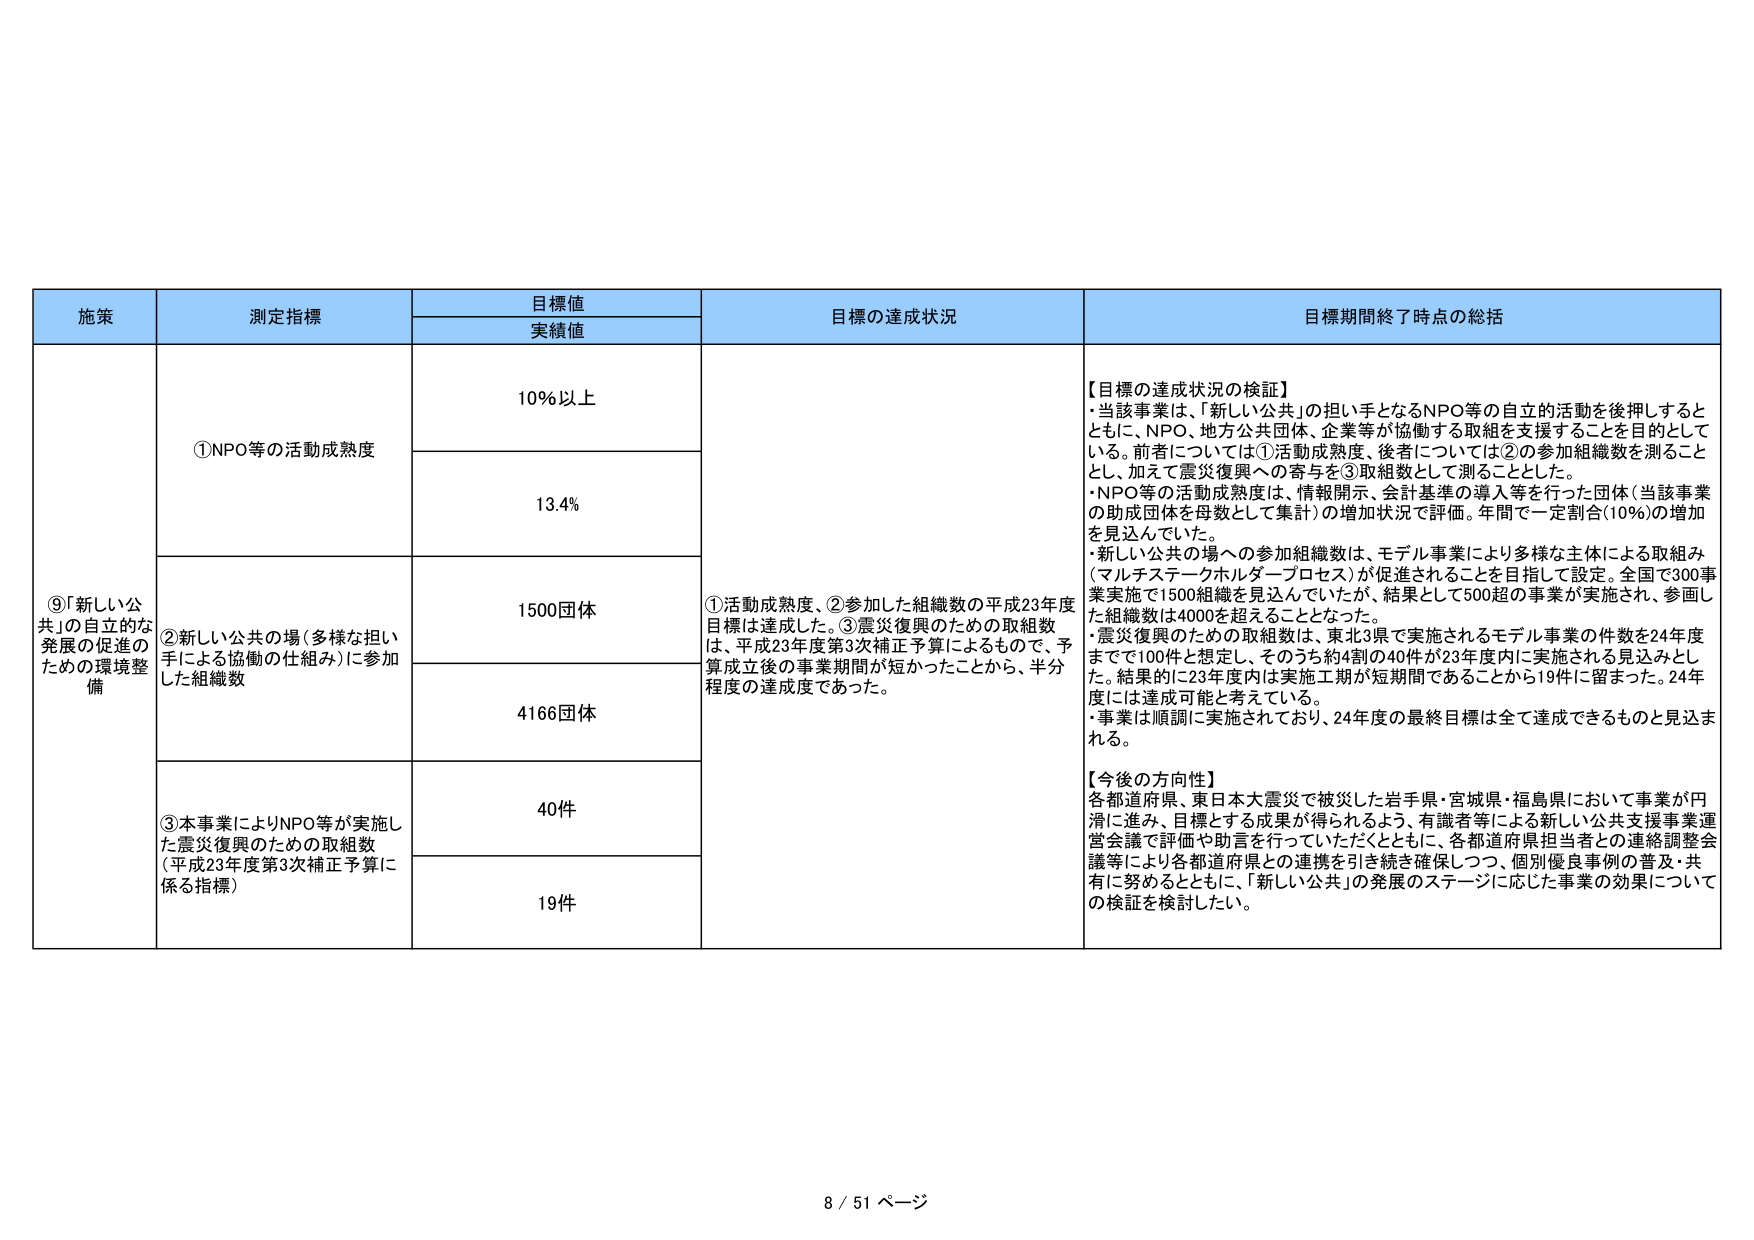
施策
測定指標
目標値
実績値
目標の達成状況
目標期間終了時点の総括
⑨「新しい公共」の自立的な発展の促進のための環境整備
①NPO等の活動成熟度
10%以上
13.4%
②新しい公共の場（多様な担い手による協働の仕組み）に参加した組織数
1500団体
4166団体
③本事業によりNPO等が実施した震災復興のための取組数（平成23年度第3次補正予算に係る指標）
40件
19件
①活動成熟度、②参加した組織数の平成23年度目標は達成した。③震災復興のための取組数は、平成23年度第3次補正予算によるもので、予算成立後の事業期間が短かったことから、半分程度の達成度であった。
【目標の達成状況の検証】
・当該事業は、「新しい公共」の担い手となるNPO等の自立的活動を後押しするとともに、NPO、地方公共団体、企業等が協働する取組を支援することを目的としている。前者については①活動成熟度、後者については②の参加組織数を測ることとし、加えて震災復興への寄与を③取組数として測ることとした。
・NPO等の活動成熟度は、情報開示、会計基準の導入等を行った団体（当該事業の助成団体を母数として集計）の増加状況で評価。年間で一定割合（10%）の増加を見込んでいた。
・新しい公共の場への参加組織数は、モデル事業により多様な主体による取組み（マルチステークホルダープロセス）が促進されることを目指して設定。全国で300事業実施で1500組織を見込んでいたが、結果として500超の事業が実施され、参画した組織数は4000を超えることとなった。
・震災復興のための取組数は、東北3県で実施されるモデル事業の件数を24年度までで100件と想定し、そのうち約4割の40件が23年度内に実施される見込みとした。結果的に23年度内は実施工期が短期間であることから19件に留まった。24年度には達成可能と考えている。
・事業は順調に実施されており、24年度の最終目標は全て達成できるものと見込まれる。
【今後の方針性】
各都道府県、東日本大震災で被災した岩手県・宮城県・福島県において事業が円滑に進み、目標とする成果が得られるよう、有識者等による新しい公共支援事業運営会議で評価や助言を行っていただくとともに、各都道府県担当者との連絡調整会議等により各都道府県との連携を引き続き確保しつつ、個別優良事例の普及・共有に努めるとともに、「新しい公共」の発展のステージに応じた事業の効果についての検証を検討したい。
8 / 51 ページ